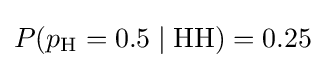
{\textstyle P(p_{\text{H}}=0.5\mid {\text{HH}})=0.25}